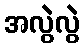
အလွဲလွဲ